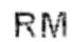
RM